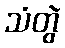
သံတွဲ